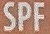
SPF